Report on vaccination in Madras 1895-1903 - 1895-1903
Year: 1895
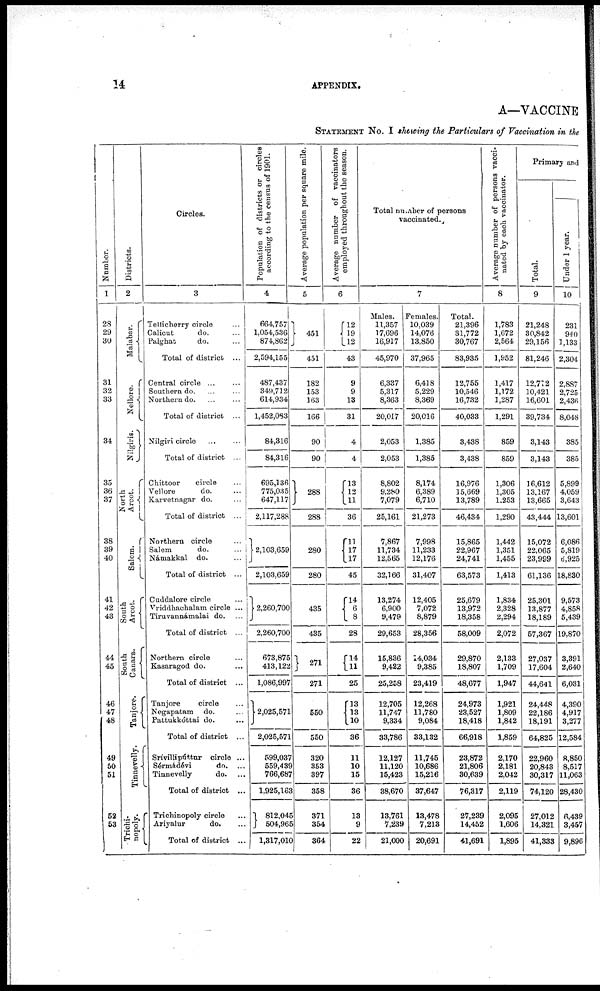
14
APPENDIX.
A—VACCINE
STATEMENT No. I showing the Particulars of Vaccination in the
Number.
1
28
29
30
31
32
33
34
35
36
37
38
39
40
41
42
43
44
45
46
47
48
49
50
51
52
53
Districts.
2
Malabar.
Nellore.
Nilgiris.
North
Arcot.
Salem.
South
Arcot.
South
Canara.
Tanjore.
Tinnevelly.
Trichi¬
nopoly.
Circles.
3
Tellicherry circle ...
Calicut
do. ...
Palghat
do. ...
Total of district ...
Central circle ... ...
Southern do. ... ...
Northern do. ... ...
Total of district ...
Nilgiri circle ... ...
Total of district ...
Chittoor
circle ...
Vellore
do. ...
Karvetnagar do. ...
Total of district ...
Northern circle ...
Salem
do. ...
Námakkal do. ...
Total of district ...
Cuddalore circle ...
Vriddhachalam circle ...
Tiruvannámalai do. ...
Total of district ...
Northern circle ...
Kasaragod do. ...
Total of district ...
Tanjore
circle ...
Negapatam do. ...
Pattukkóttai do. ...
Total of district ...
Srívillipúttur circle ...
Sérmádévi
do. ...
Tinnevelly
do. ...
Total of district ...
Trichinopoly circle ...
Ariyalur
do. ...
Total of district ...
Population of districts or circles
according to the census of 1901.
4
664,757
1,054,536
874,862
2,594,155
487,437
349,712
614,934
1,452,083
84,316
84,316
695,136
775,035
647,117
2,117,288
2,103,659
2,103,659
2,260,700
2,260,700
673,875
413,122
1,086,997
2,025,571
2,025,571
599,037
559,439
766,687
1,925,163
812,045
504,965
1,317,010
Average population per square mile.
5
451
451
182
153
163
166
90
90
288
288
280
280
435
435
271
271
550
550
320
353
397
358
371
354
364
Average number of vaccinators
employed throughout the season.
6
12
19
12
43
9
9
13
31
4
4
13
12
11
36
11
17
17
45
14
6
8
28
14
11
25
13
13
10
36
11
10
15
36
13
9
22
Total number of persons
vaccinated.
7
Males.
11,357
17,696
16,917
45,970
6,337
5,317
8,363
20,017
2,053
2,053
8,802
9,280
7,079
25,161
7,867
11,734
12,565
32,166
13,274
6,900
9,479
29,653
15,836
9,422
25,258
12,705
11,747
9,334
33,786
12,127
11,120
15,423
38,670
13,761
7,239
21,000
Females.
10,039
14,076
13,850
37,965
6,418
5,229
8,369
20,016
1,385
1,385
8,174
6,389
6,710
21,273
7,998
11,233
12,176
31,407
12,405
7,072
8,879
28,356
14,034
9,385
23,419
12,268
11,780
9,084
33,132
11,745
10,686
15,216
37,647
13,478
7,213
20,691
Total.
21,396
31,772
30,767
83,935
12,755
10,546
16,732
40,033
3,438
3,438
16,976
15,669
13,789
46,434
15,865
22,967
24,741
63,573
25,679
13,972
18,358
58,009
29,870
18,807
48,677
24,973
23,527
18,418
66,918
23,872
21,806
30,639
76,317
27,239
14,452
41,691
Average number of persons vacci-
nated by each vaccinator.
8
1,783
1,672
2,564
1,952
1,417
1,172
1,287
1,291
859
859
1,306
1,305
1,253
1,290
1,442
1,351
1,455
1,413
1,834
2,328
2,294
2,072
2,133
1,709
1,947
1,921
1,809
1,842
1,859
2,170
2,181
2,042
2,119
2,095
1,606
1,895
Primary and
Total.
9
21,248
30,842
29,156
81,246
12,712
10,421
16,601
39,734
3,143
3,143
16,612
13,167
13,665
43,444
15,072
22,065
23,999
61,136
25,301
13,877
18,189
57,367
27,037
17,604
44,641
24,448
22,186
18,191
64,825
22,960
20,843
30,317
74,120
27,012
14,321
41,333
Under 1 year.
10
231
940
1,133
2,304
2,887
2,725
2,436
8,048
385
385
5,899
4,059
3,643
13,601
6,086
5,819
6,925
18,830
9,573
4,858
5,439
19,870
3,391
2,640
6,031
4,390
4,917
3,277
12,584
8,850
8,517
11,063
28,430
6,439
3,457
9,896